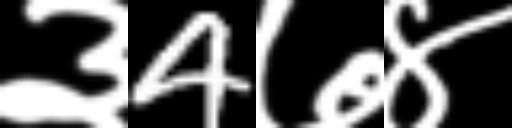
Text: ३4७४